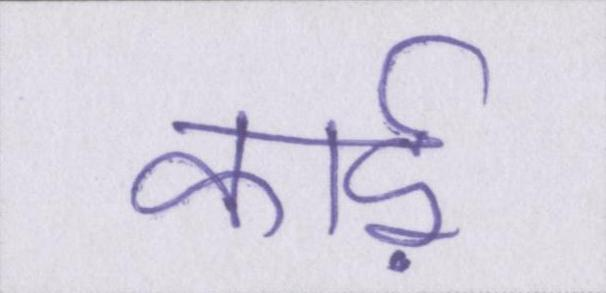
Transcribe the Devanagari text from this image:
कार्ड़